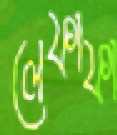
লেফাফা